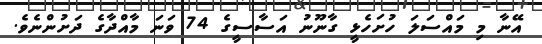
އޭނާ މި މައްސަލަ ހުށަހެޅީ ގާނޫނު އަސާސީގެ 74 ވަނަ މާއްދާގެ ދަށުންނެވެ.